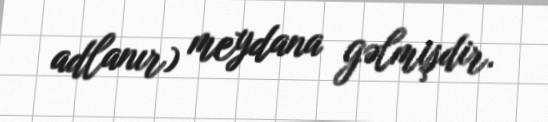
adlanır) meydana gəlmişdir.